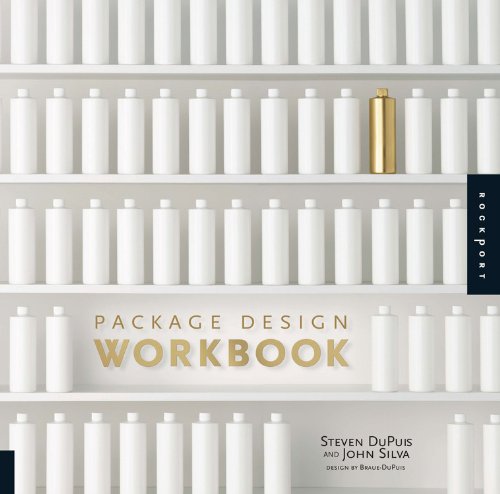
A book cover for Package Design Workbook: The Art and Science of Successful Packaging; Steven DuPuis; Arts & Photography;